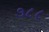
૭૮૮